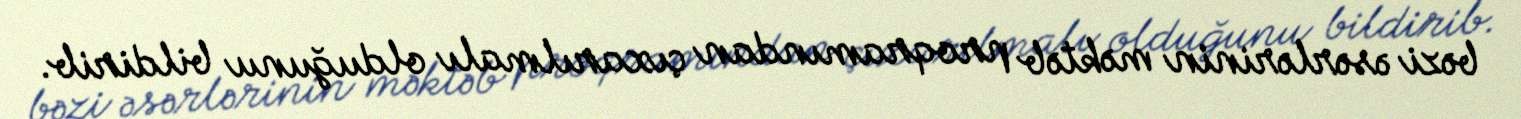
bəzi əsərlərinin məktəb proqramından çıxarılmalı olduğunu bildirib.